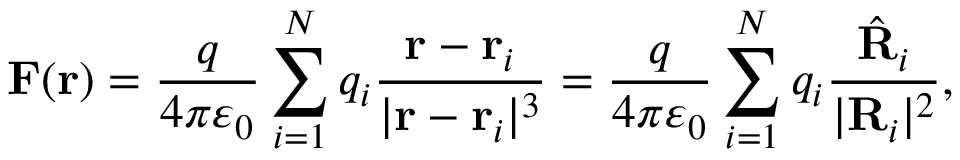
\mathbf { F } ( \mathbf { r } ) = { \frac { q } { 4 \pi \varepsilon _ { 0 } } } \sum _ { i = 1 } ^ { N } q _ { i } { \frac { \mathbf { r } - \mathbf { r } _ { i } } { | \mathbf { r } - \mathbf { r } _ { i } | ^ { 3 } } } = { \frac { q } { 4 \pi \varepsilon _ { 0 } } } \sum _ { i = 1 } ^ { N } q _ { i } { \frac { { \hat { \mathbf { R } } } _ { i } } { | \mathbf { R } _ { i } | ^ { 2 } } } ,